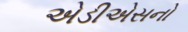
એડીએસનો